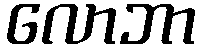
လောဘာ